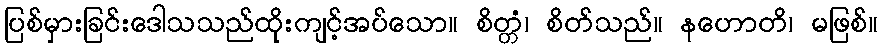
ပြစ်မှားခြင်းဒေါသသည်ထိုးကျင့်အပ်သော။ စိတ္တံ၊ စိတ်သည်။ နဟောတိ၊ မဖြစ်။